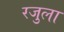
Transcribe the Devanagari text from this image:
रजुला